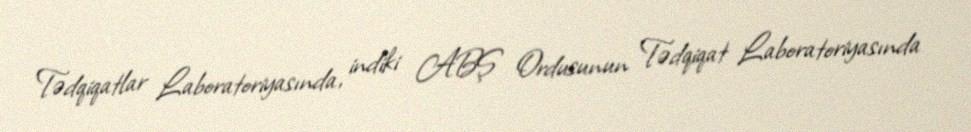
Tədqiqatlar Laboratoriyasında, indiki ABŞ Ordusunun Tədqiqat Laboratoriyasında